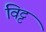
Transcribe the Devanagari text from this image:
विट्ट